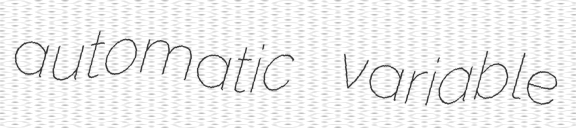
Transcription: automatic variable